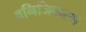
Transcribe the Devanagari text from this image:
वनिजिकरण